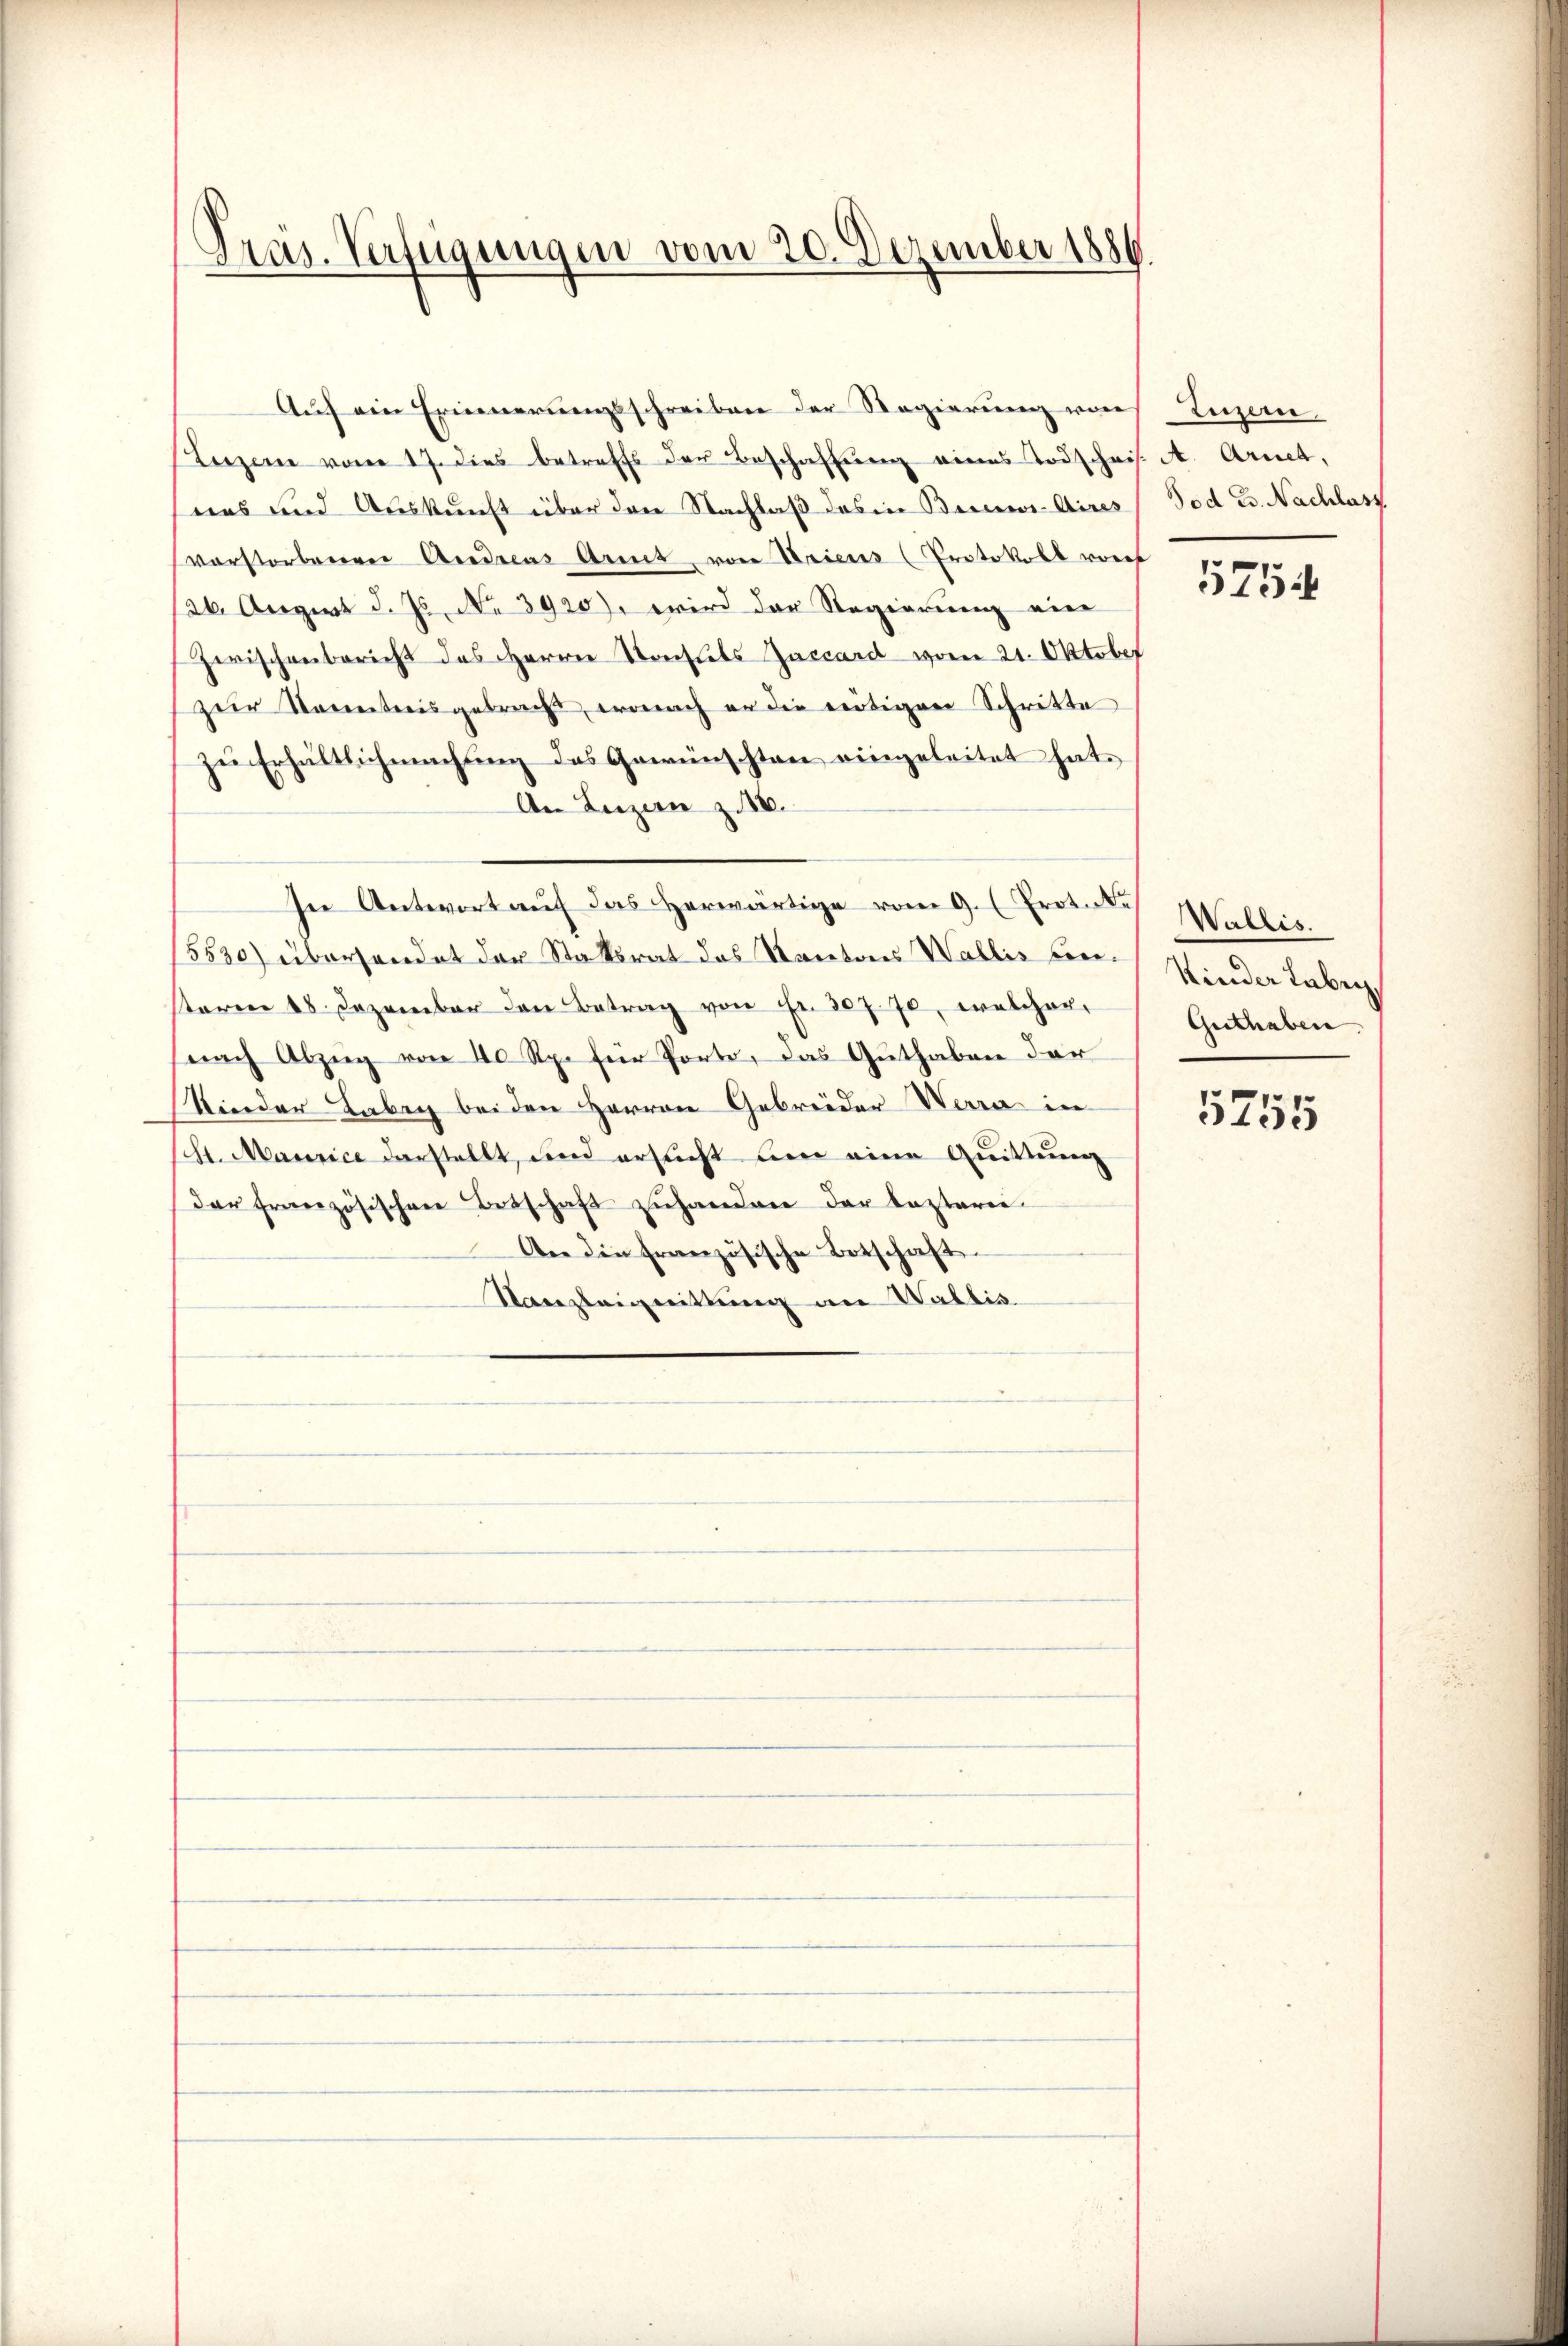
Präs. Verfügungen vom 20. Dezember 1886.

Luzern vom 17. dies betreffs der Beschaffung eines Todschris A. Arnet,
sees und Auskunft über den Nachlaß des in Berner-Aires
verstorbenen Andreas Art von Kriens (Protokoll vorf
26. Aergert d. Js. No 3920), wird der Regierung ein
Zwischenbericht des Herrn Konstets Zaccard vom 21. Oktober
zur Steintreisgebrecht, wonach er die nötigen Schritte
zu Erhältlichmachung des Gewünschten eingeleitet hat.
An Luzern z. 16.
In Antwort auf das Herwärtige vom 9. (Prot.
15530) überhandet der Stattsrat das Kantons Wallis Consterm 18. Dezember den Betrag von Fr. 307. 70, welcher,
(nach Abzug von 40 Rp. für Porto, das Guthaben der
Kinder Laber beiden Herren Gebrüder Werra in
sch. Maurice darstellt, und ersucht bin eine Quittung
Dar französischen Betschaft zŭhanden der Captarie
An die französische Botschaft
Nanzleignittung an Wallis

Auf ein Erinnerungsschreiben der Regierung von

Luzern,
Tod B. Nachlass

75

Wallis.
Kinder Labey,
Guthaben

5755